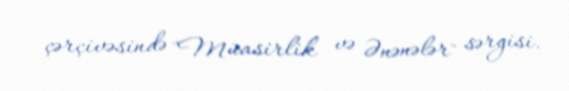
çərçivəsində "Müasirlik və Ənənələr" sərgisi.